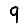
Digit: 9